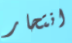
انتحار